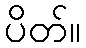
ပိတ်။